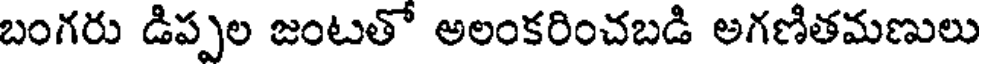
బంగరు డిప్పల జంటతో అలంకరించబడి అగణితమణులు